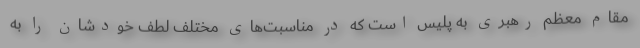
مقام معظم رهبری به پلیس است که در مناسبت‌های مختلف لطف خودشان را به